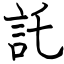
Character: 託